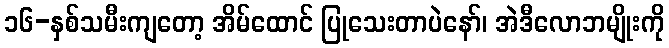
၁၆-နှစ်သမီးကျတော့ အိမ်ထောင် ပြုသေးတာပဲနော်၊ အဲဒီလောဘမျိုးကို